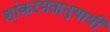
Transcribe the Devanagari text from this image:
शांकरमतानुयायी